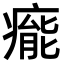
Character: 𤹍